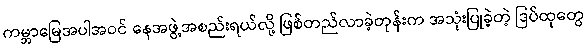
ကမ္ဘာမြေအပါအဝင် နေအဖွဲ့အစည်းရယ်လို့ ဖြစ်တည်လာခဲ့တုန်းက အသုံးပြုခဲ့တဲ့ ဒြပ်ထုတွေ